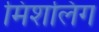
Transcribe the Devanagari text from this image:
मिशलिंग